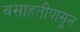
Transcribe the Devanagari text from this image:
वसाहतींपासून